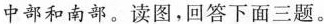
中部和南部。读图，回答下面三题。